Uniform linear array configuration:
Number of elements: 16
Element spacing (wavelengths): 0.25
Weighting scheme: uniform
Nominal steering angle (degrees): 30
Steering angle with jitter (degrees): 29.039
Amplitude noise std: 0.05
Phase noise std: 0.05

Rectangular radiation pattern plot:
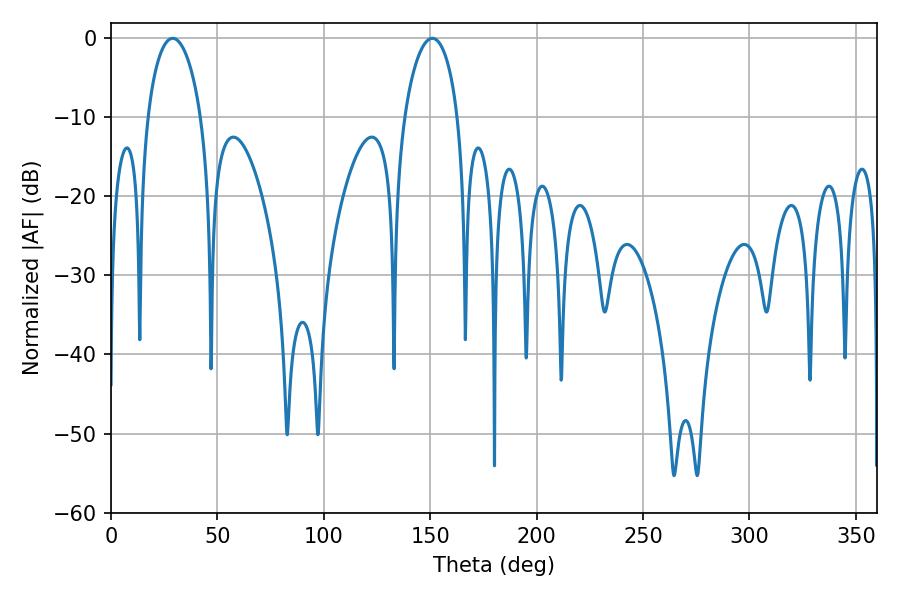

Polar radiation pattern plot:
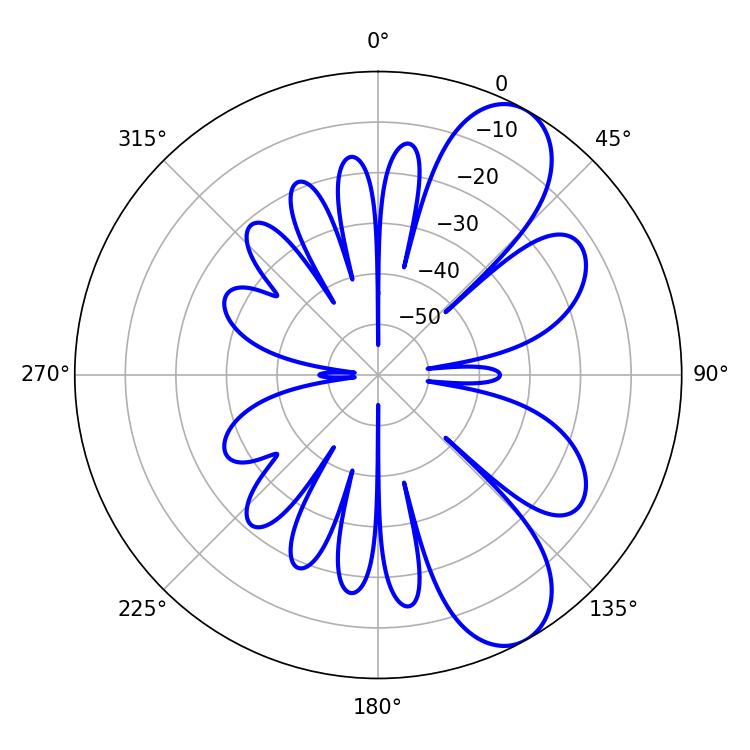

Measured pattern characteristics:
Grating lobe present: FALSE
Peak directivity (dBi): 8.616
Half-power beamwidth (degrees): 14.22
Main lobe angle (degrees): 28.98